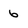
Character: 6